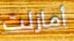
أمازلت